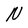
Character: N